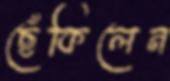
ছেঁকিলেন